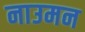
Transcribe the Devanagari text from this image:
नाउमन